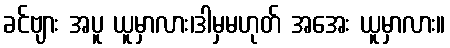
ခင်ဗျား အပူ ယူမှာလား၊ဒါမှမဟုတ် အအေး ယူမှာလား။